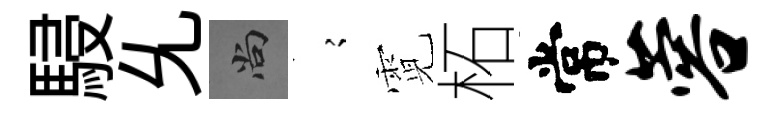
駸𠃔尚𡪹霓柘常蓉